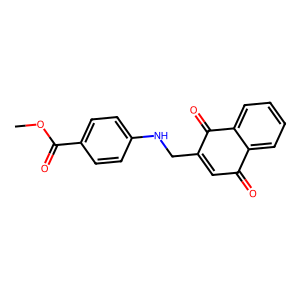
SMILES: COC(=O)c1ccc(NCC2=CC(=O)c3ccccc3C2=O)cc1
Inhibits HIV replication: No